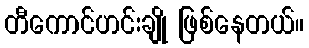
တီကောင်ဟင်းချို ဖြစ်နေတယ်။